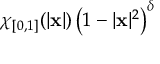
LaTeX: \chi _ { [ 0 , 1 ] } ( | \mathbf { x } | ) \left( 1 - | \mathbf { x } | ^ { 2 } \right) ^ { \delta }